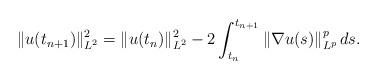
\begin{align*} \| u (t_{n+1}) \|_{L^2}^2 = \| u (t_n) \|_{L^2}^2 - 2\int_{t_n}^{t_{n+1}} \| \nabla u(s) \|_{L^p}^p \, d s .\end{align*}